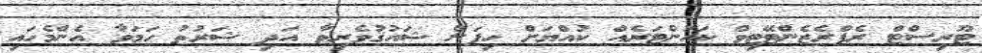
ޓޫރިސްޓް ރެޕްރެޒެންޓޭޓިވް ކަަަައުންޓަރެއް ކުއްޔަށް ހިފަން ޝައުޤުވެރިވާ އަދި ޝަރުޠު ހަމަވާ އެންމެހައި